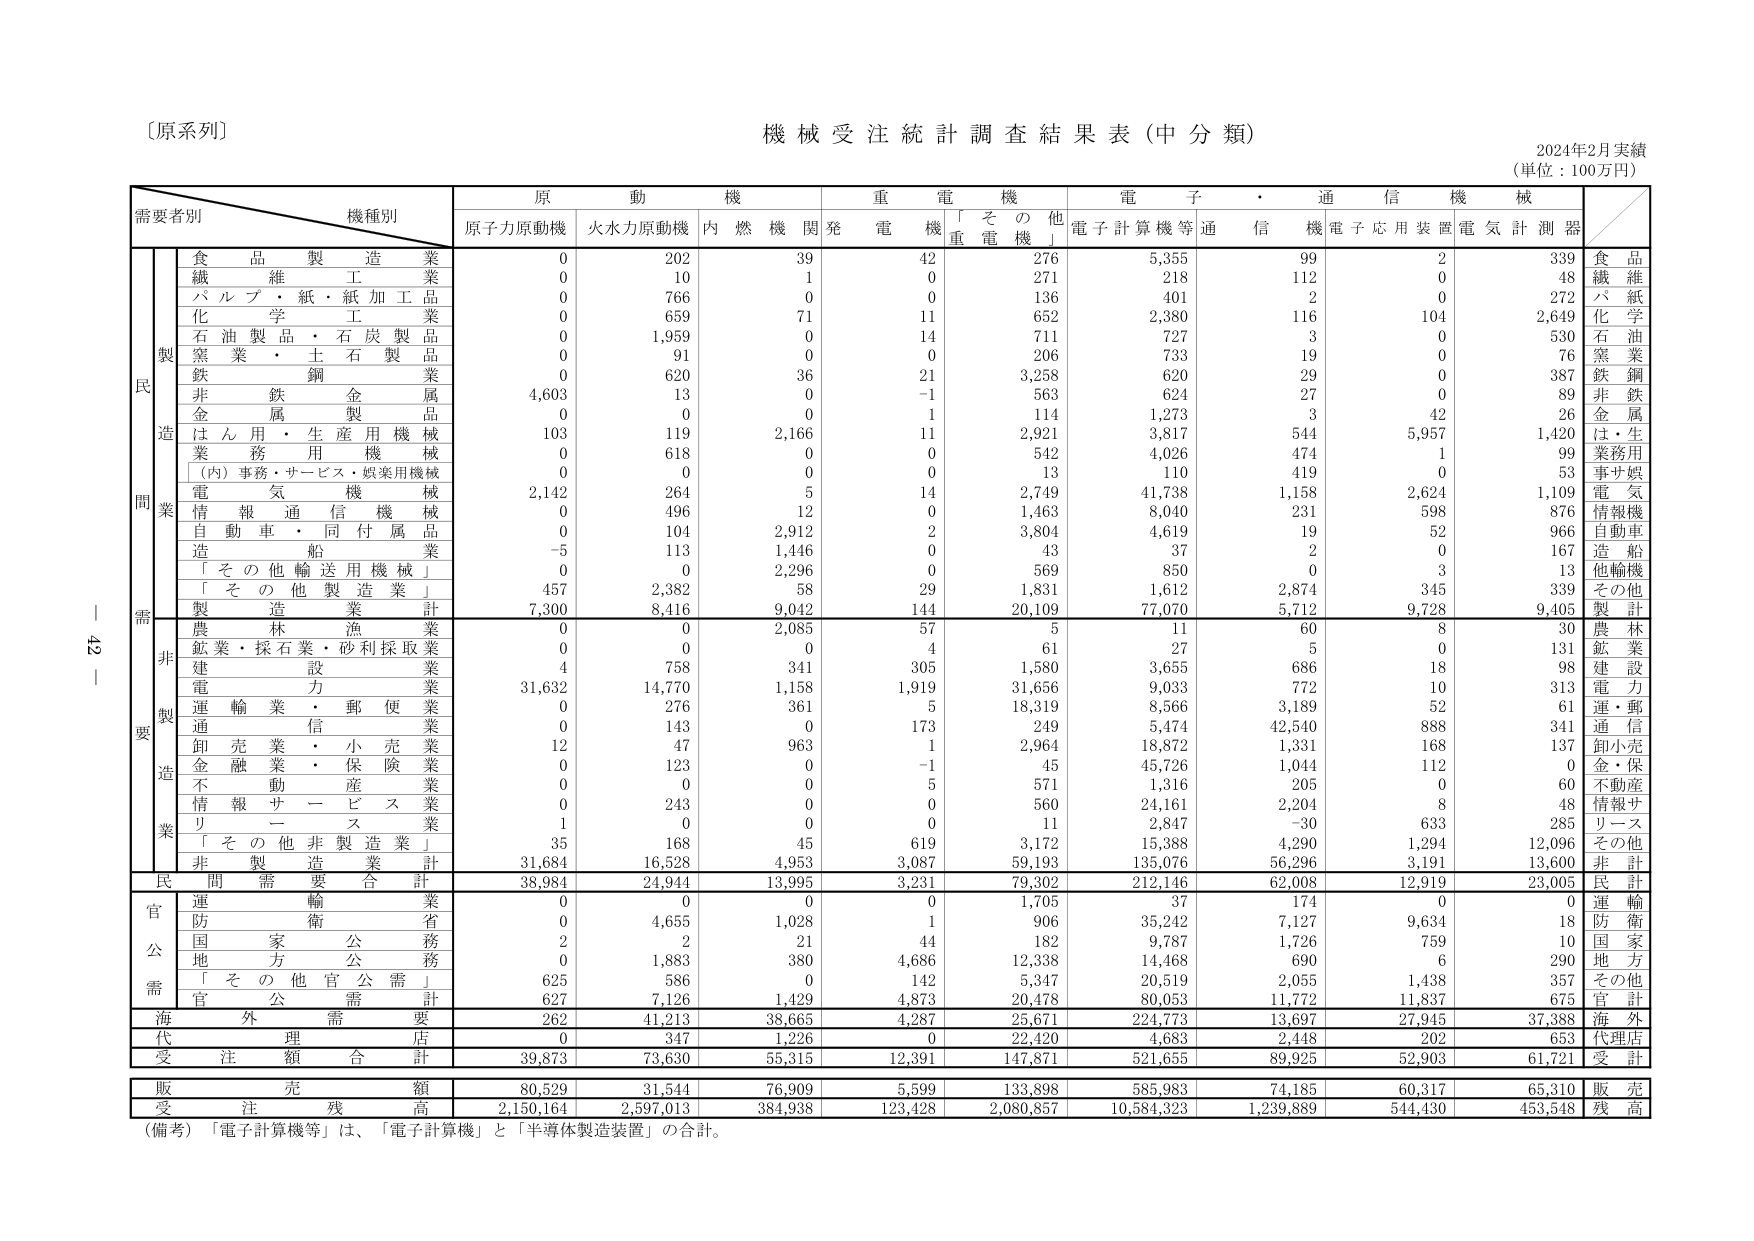
〔原系列〕
機械受注統計調査結果表（中分類）
2024年2月実績
（単位：100万円）

需要者別　　機種別
　　　　　　　　原　動　機　　　　重　電　機　　　　電　子　・　通　信　機　械
　　　　　　　原子力原動機　火水力原動機　内燃機関発　電機　「その他重電機」　電子計算機等　通信機　電子応用装置　電気計測器